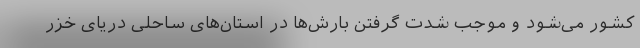
کشور می‌شود و موجب شدت گرفتن بارش‌ها در استان‌های ساحلی دریای خزر